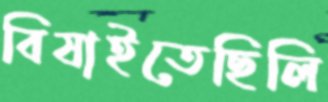
বিষাইতেছিলি